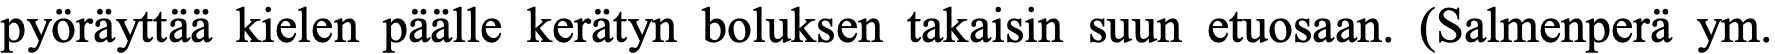
pyöräyttää kielen päälle kerätyn boluksen takaisin suun etuosaan. (Salmenperä ym.